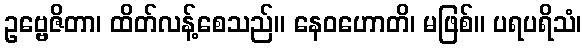
ဥဗ္ဗေဇိတာ၊ ထိတ်လန့်စေသည်။ နေဝဟောတိ၊ မဖြစ်။ ပရပရိသံ၊